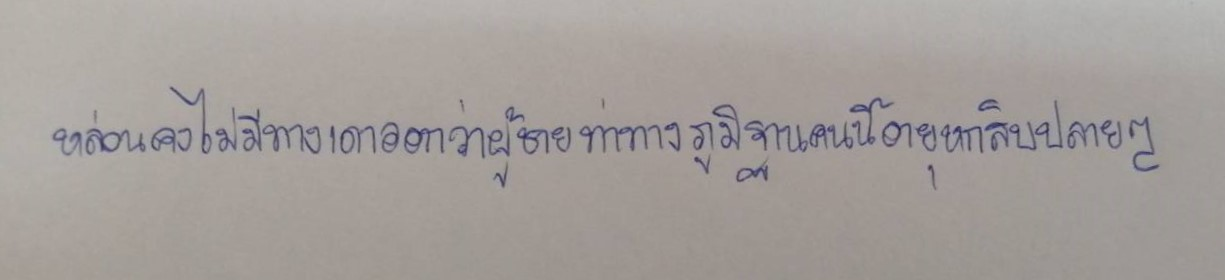
หล่อนคงไม่มีทางเดาออกว่าผู้ชายท่าทางภูมิฐานคนนี้อายุหกสิบปลายๆ